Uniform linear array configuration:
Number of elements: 24
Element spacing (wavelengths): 1
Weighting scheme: exponential
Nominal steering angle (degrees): -60
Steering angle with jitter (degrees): -59.025
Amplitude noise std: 0.05
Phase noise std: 0.05

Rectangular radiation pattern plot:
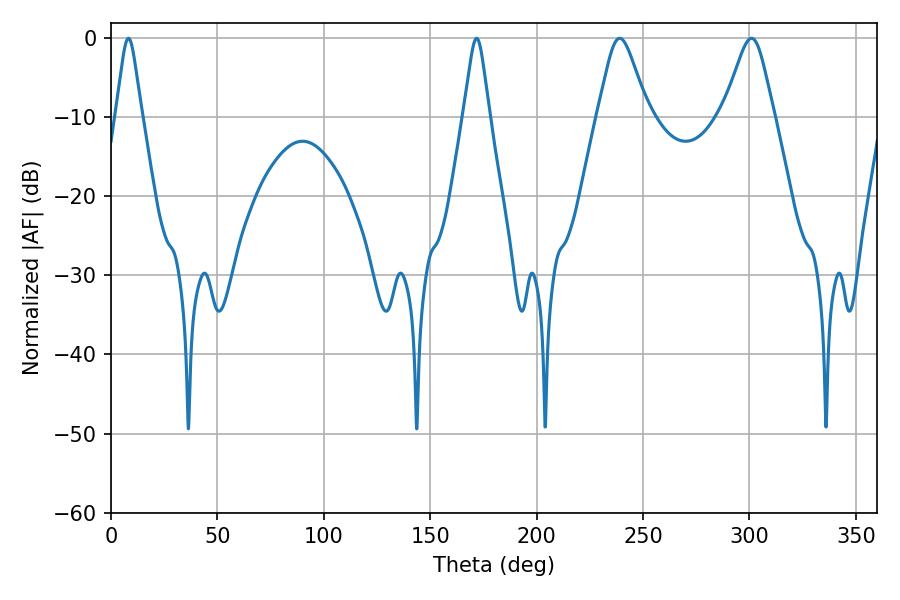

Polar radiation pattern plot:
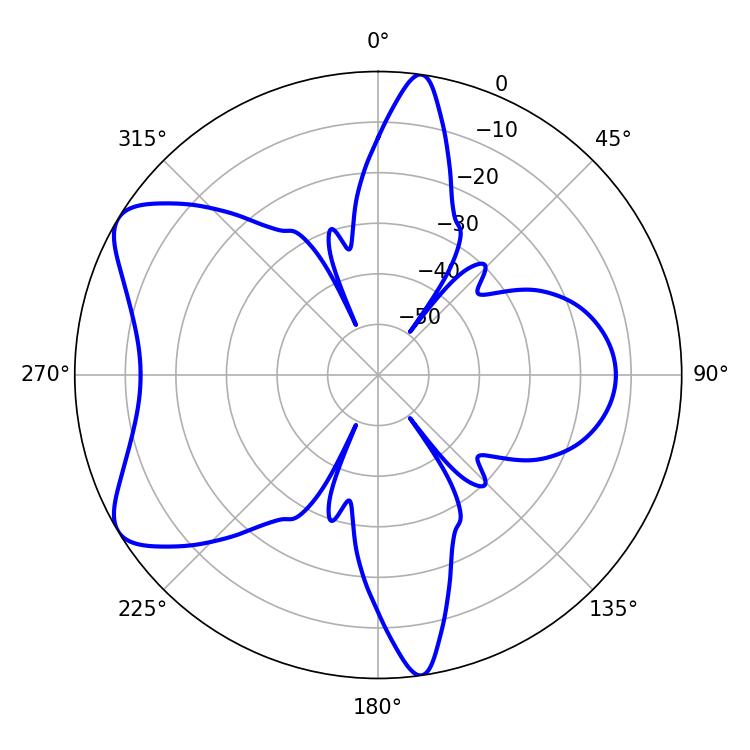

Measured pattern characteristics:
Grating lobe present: TRUE
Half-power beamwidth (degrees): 11.34
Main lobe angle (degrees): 239.04